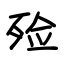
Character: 殓